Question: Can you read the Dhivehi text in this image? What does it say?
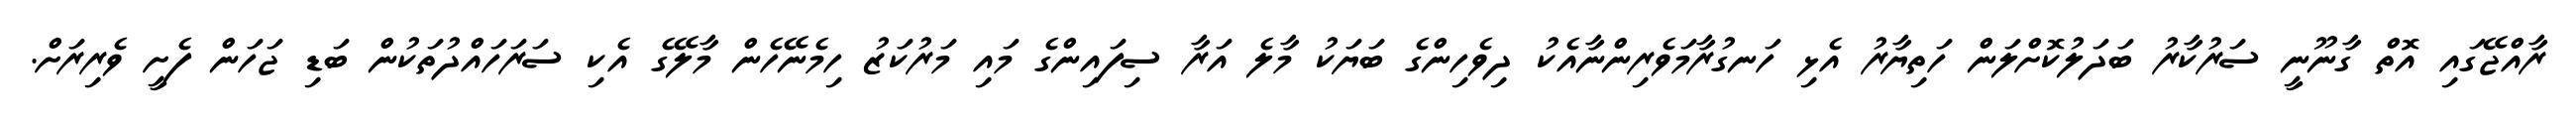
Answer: ރާއްޖޭގައި އޮތް ގާނޫނީ ސަރުކާރު ބަދަލުކޮށްލަން ހަތިޔާރު އެޅި ހަނގުރާމަވެރިންނާއެކު ދިވެހިންގެ ބަޔަކު މާލެ އަރާ ސިފައިންގެ މައި މަރުކަޒު ހިމެނޭހެން މާލޭގެ އެކި ސަރަހައްދުތަކުން ބަޑި ޖަހަން ފެށީ ވެރިރަށް.